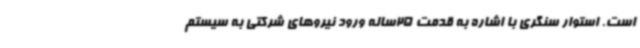
است. استوار سنگری با اشاره به قدمت 25ساله ورود نیروهای شرکتی به سیستم